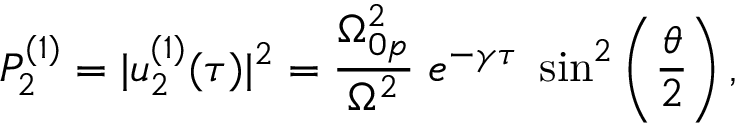
P _ { 2 } ^ { ( 1 ) } = | u _ { 2 } ^ { ( 1 ) } ( \tau ) | ^ { 2 } = \frac { \Omega _ { 0 p } ^ { 2 } } { \Omega ^ { 2 } } \; e ^ { - \gamma \tau } \; \sin ^ { 2 } \left( \frac { \theta } { 2 } \right) ,